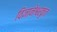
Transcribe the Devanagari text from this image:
विज्ञानेश्वरकृत